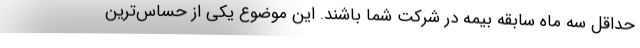
حداقل سه ماه سابقه بیمه در شرکت شما باشند. این موضوع یکی از حساس‌ترین